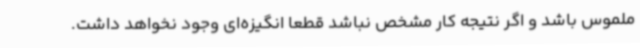
ملموس باشد و اگر نتیجه کار مشخص نباشد قطعا انگیزه‌ای وجود نخواهد داشت.